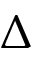
\Delta